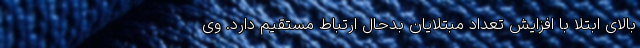
بالای ابتلا با افزایش تعداد مبتلایان بدحال ارتباط مستقیم دارد. وی